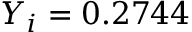
Y _ { i } = 0 . 2 7 4 4